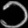
Digit: ၁